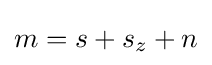
m=s+s_{z}+n